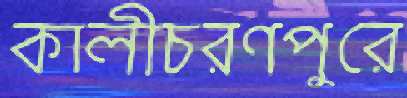
কালীচরণপুরে